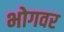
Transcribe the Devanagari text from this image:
भोगवर